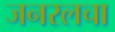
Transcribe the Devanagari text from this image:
जनरलचा